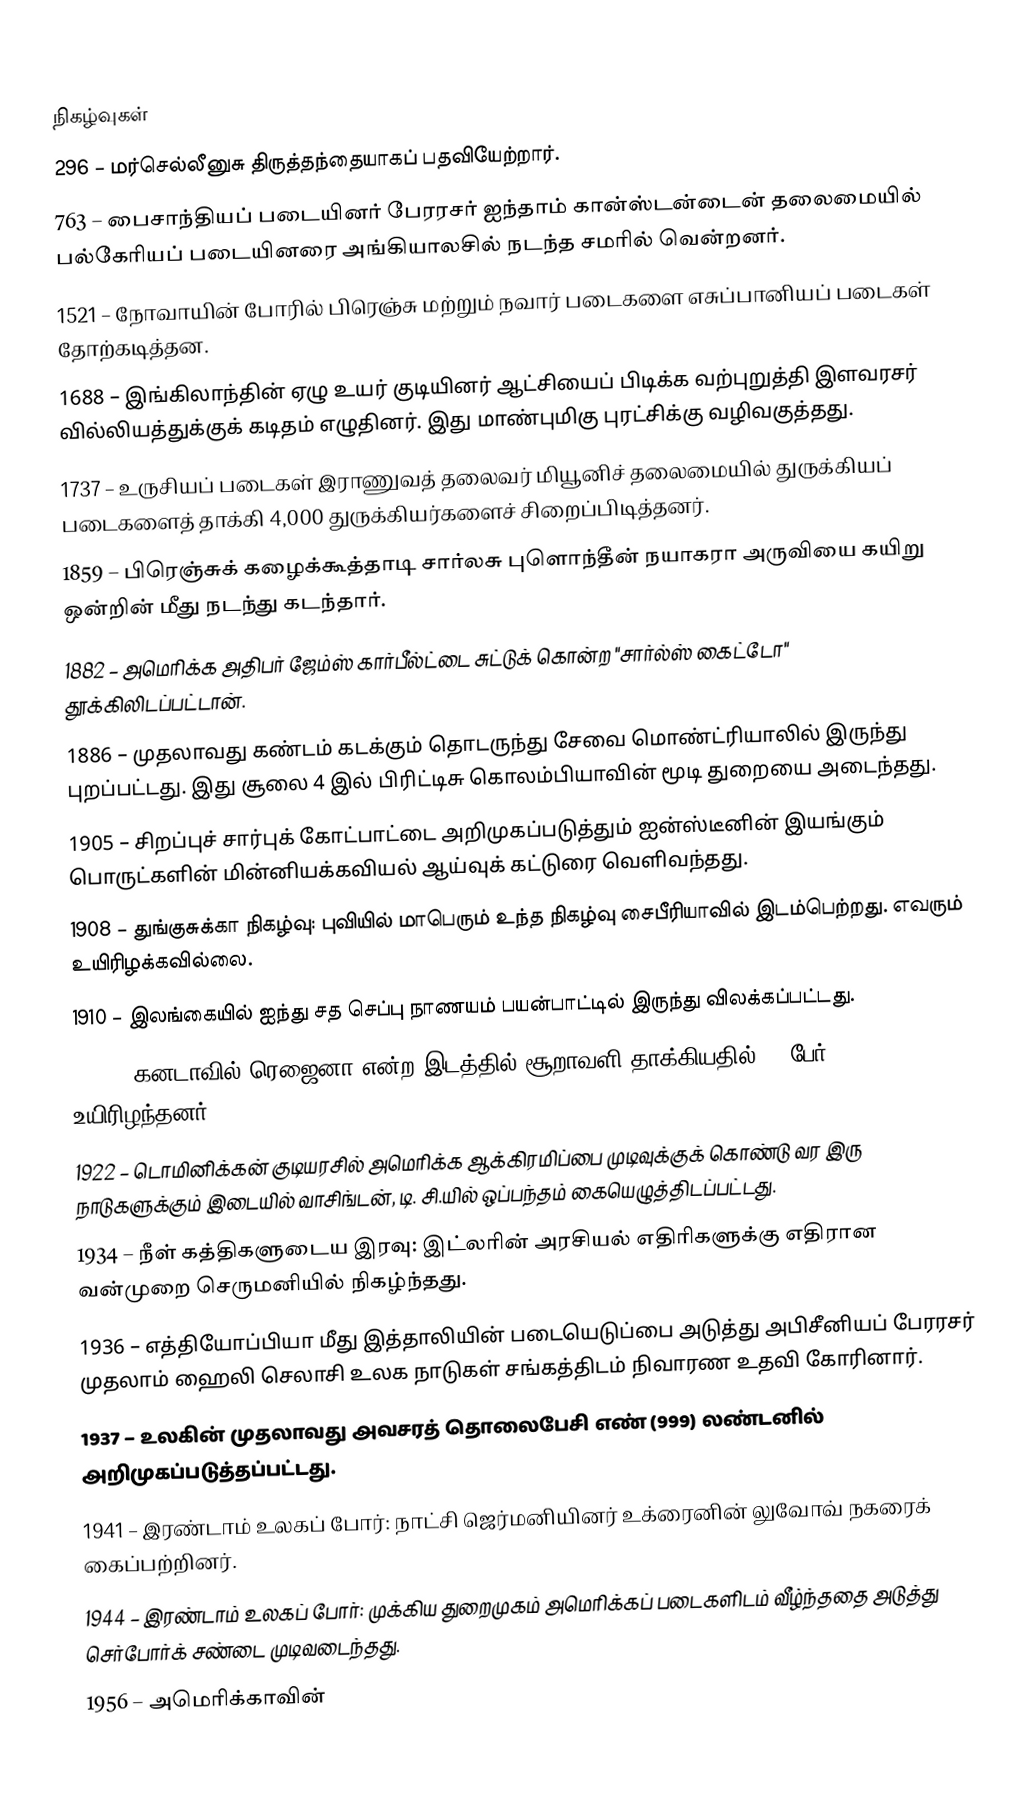

நிகழ்வுகள்
 296 – மர்செல்லீனுசு திருத்தந்தையாகப் பதவியேற்றார்.
 763 – பைசாந்தியப் படையினர் பேரரசர் ஐந்தாம் கான்ஸ்டன்டைன் தலைமையில் பல்கேரியப் படையினரை அங்கியாலசில் நடந்த சமரில் வென்றனர்.
1521 – நோவாயின் போரில் பிரெஞ்சு மற்றும் நவார் படைகளை எசுப்பானியப் படைகள் தோற்கடித்தன.
1688 – இங்கிலாந்தின் ஏழு உயர் குடியினர் ஆட்சியைப் பிடிக்க வற்புறுத்தி இளவரசர் வில்லியத்துக்குக் கடிதம் எழுதினர். இது மாண்புமிகு புரட்சிக்கு வழிவகுத்தது.
1737 – உருசியப் படைகள் இராணுவத் தலைவர் மியூனிச் தலைமையில் துருக்கியப் படைகளைத் தாக்கி 4,000 துருக்கியர்களைச் சிறைப்பிடித்தனர்.
1859 – பிரெஞ்சுக் கழைக்கூத்தாடி சார்லசு புளொந்தீன் நயாகரா அருவியை கயிறு ஒன்றின் மீது நடந்து கடந்தார்.
1882 – அமெரிக்க அதிபர் ஜேம்ஸ் கார்பீல்ட்டை சுட்டுக் கொன்ற "சார்ல்ஸ் கைட்டோ" தூக்கிலிடப்பட்டான்.
1886 – முதலாவது கண்டம் கடக்கும் தொடருந்து சேவை மொண்ட்ரியாலில் இருந்து புறப்பட்டது. இது சூலை 4 இல் பிரிட்டிசு கொலம்பியாவின் மூடி துறையை அடைந்தது.
1905 – சிறப்புச் சார்புக் கோட்பாட்டை அறிமுகப்படுத்தும் ஐன்ஸ்டீனின் இயங்கும் பொருட்களின் மின்னியக்கவியல் ஆய்வுக் கட்டுரை வெளிவந்தது.
1908 – துங்குசுக்கா நிகழ்வு: புவியில் மாபெரும் உந்த நிகழ்வு சைபீரியாவில் இடம்பெற்றது. எவரும் உயிரிழக்கவில்லை.
1910 – இலங்கையில் ஐந்து சத செப்பு நாணயம் பயன்பாட்டில் இருந்து விலக்கப்பட்டது.
1912 – கனடாவில் ரெஜைனா என்ற இடத்தில் சூறாவளி தாக்கியதில் 28 பேர் உயிரிழந்தனர்.
1922 – டொமினிக்கன் குடியரசில் அமெரிக்க ஆக்கிரமிப்பை முடிவுக்குக் கொண்டு வர இரு நாடுகளுக்கும் இடையில் வாசிங்டன், டி. சி.யில் ஒப்பந்தம் கையெழுத்திடப்பட்டது.
1934 – நீள் கத்திகளுடைய இரவு: இட்லரின் அரசியல் எதிரிகளுக்கு எதிரான வன்முறை செருமனியில் நிகழ்ந்தது.
1936 – எத்தியோப்பியா மீது இத்தாலியின் படையெடுப்பை அடுத்து அபிசீனியப் பேரரசர் முதலாம் ஹைலி செலாசி உலக நாடுகள் சங்கத்திடம் நிவாரண உதவி கோரினார்.
1937 – உலகின் முதலாவது அவசரத் தொலைபேசி எண் (999) லண்டனில் அறிமுகப்படுத்தப்பட்டது.
1941 – இரண்டாம் உலகப் போர்: நாட்சி ஜெர்மனியினர் உக்ரைனின் லுவோவ் நகரைக் கைப்பற்றினர்.
1944 – இரண்டாம் உலகப் போர்: முக்கிய துறைமுகம்  அமெரிக்கப் படைகளிடம் வீழ்ந்ததை அடுத்து செர்போர்க் சண்டை முடிவடைந்தது.
1956 – அமெரிக்காவின்